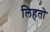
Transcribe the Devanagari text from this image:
लिहतो